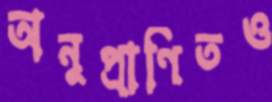
অনুপ্রাণিতও